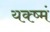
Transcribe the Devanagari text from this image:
यक्ष्मं